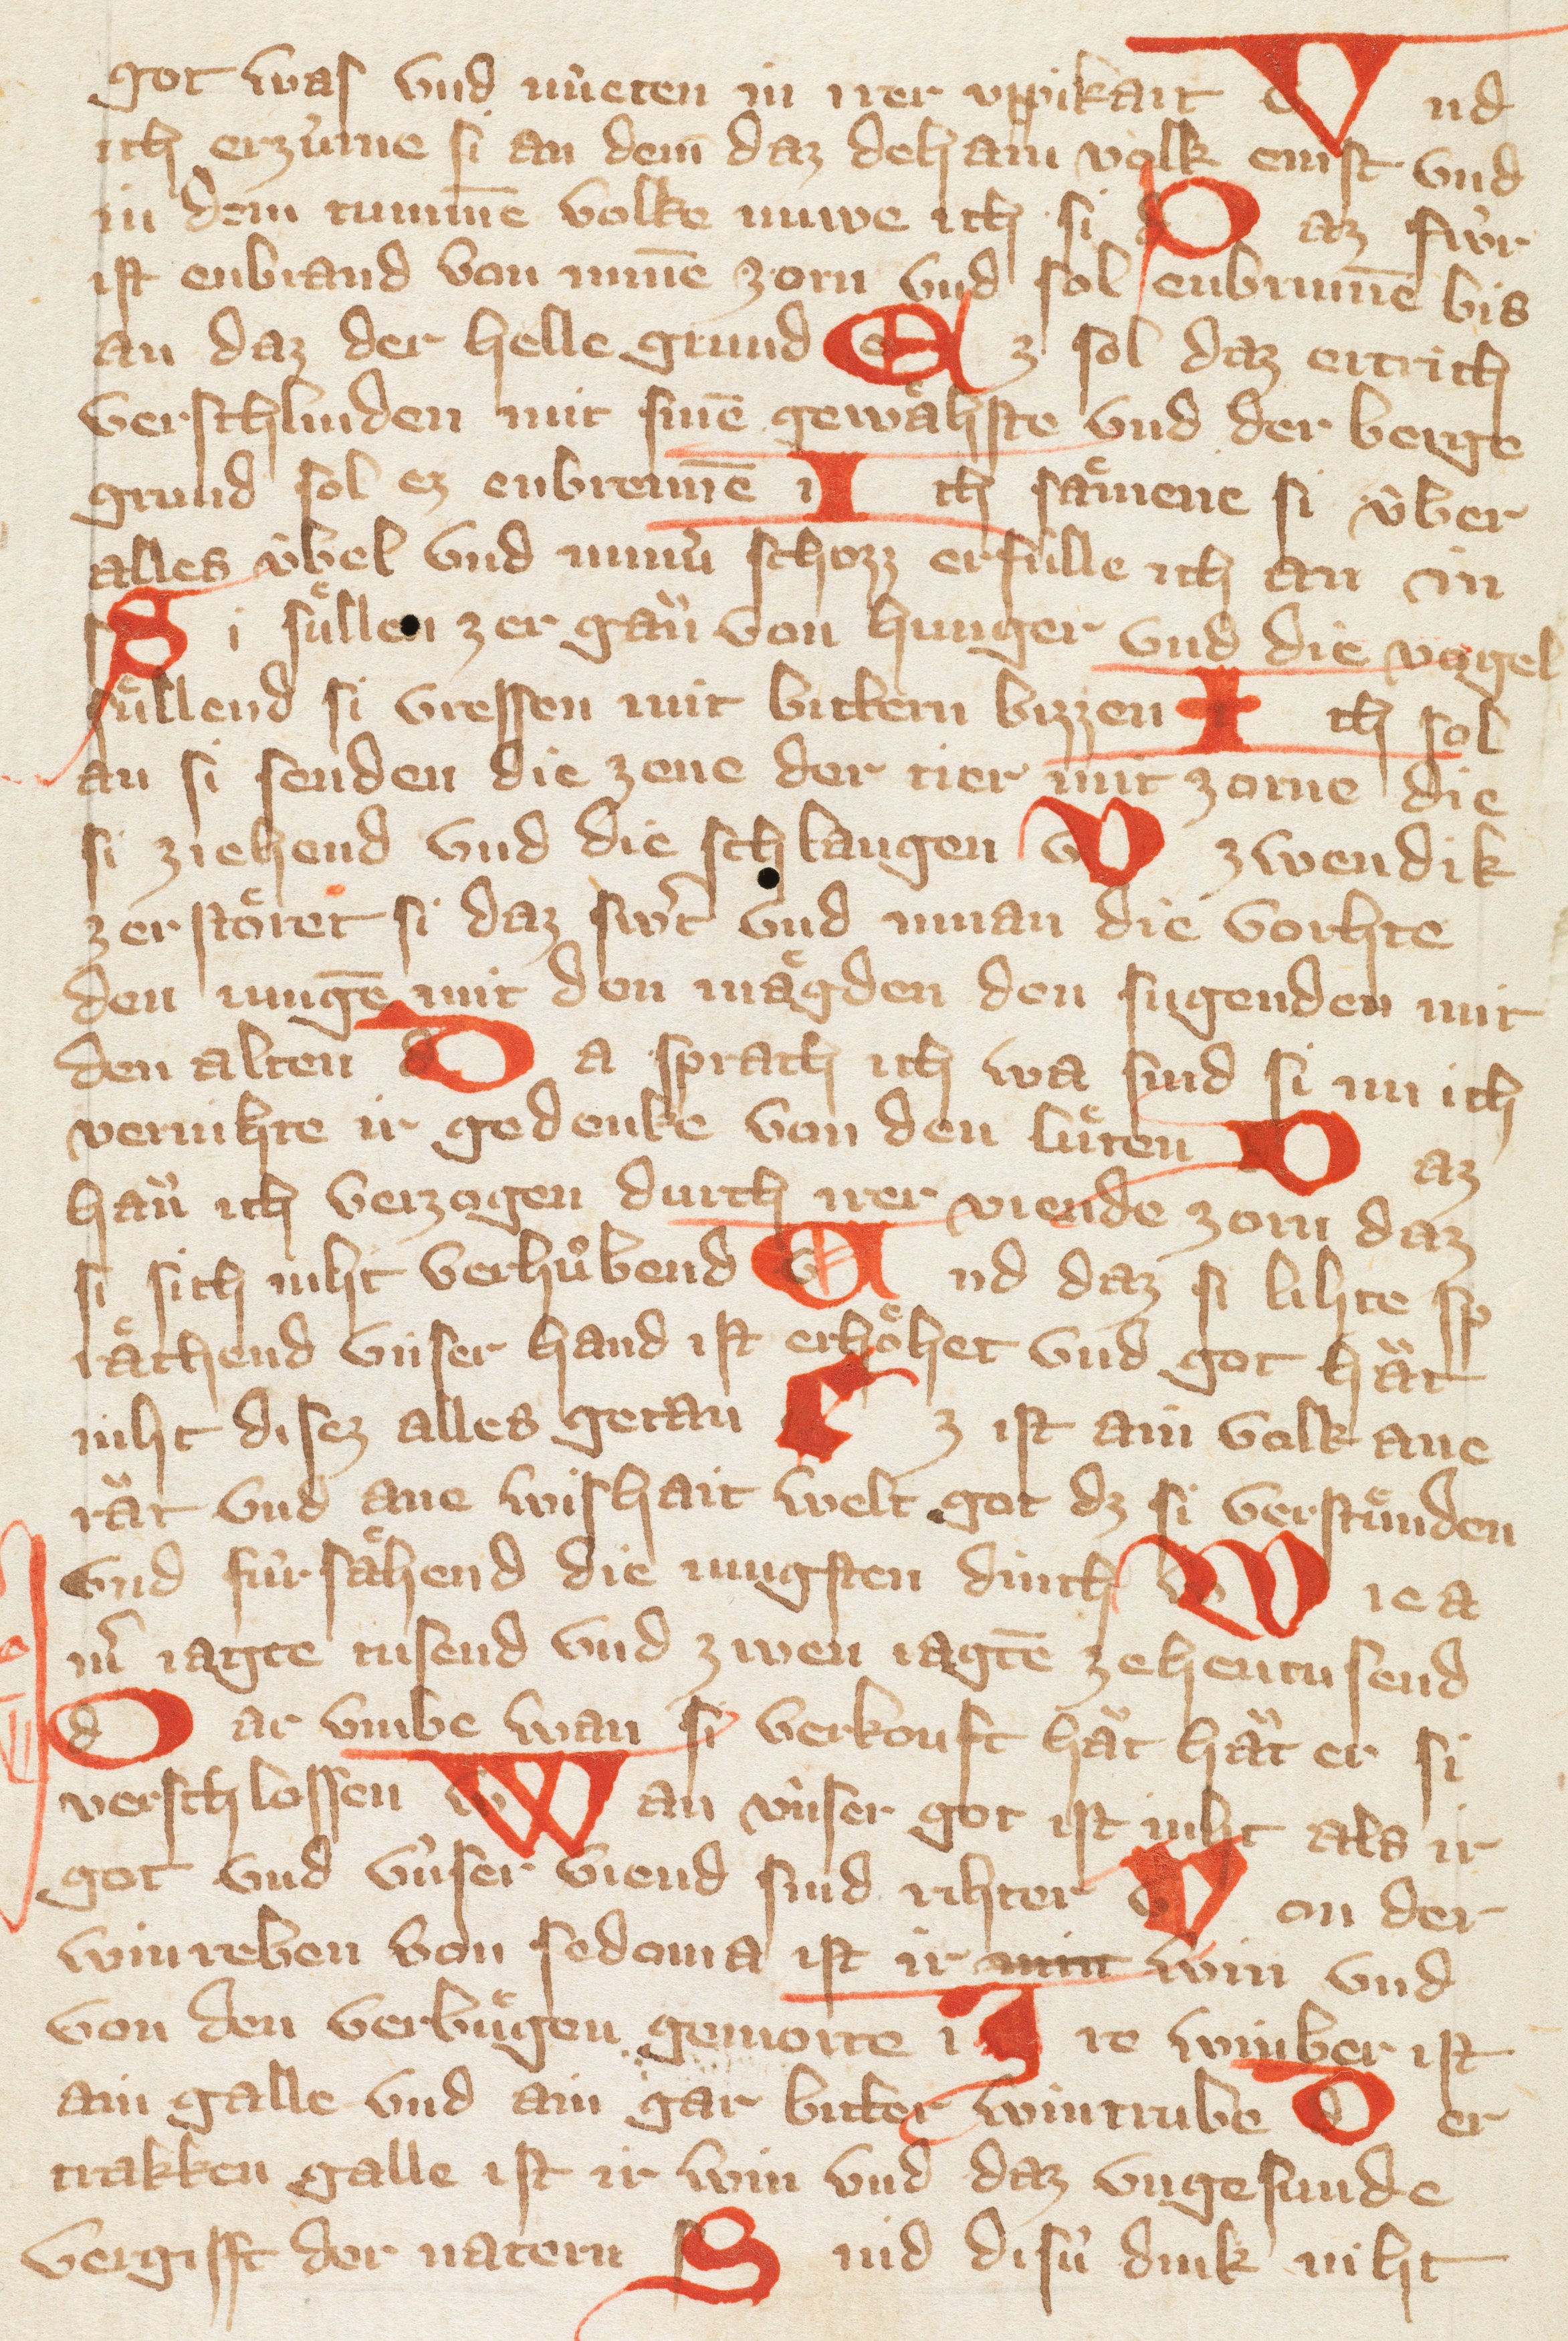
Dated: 1300–1449